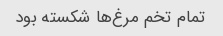
تمام تخم مرغ‌ها شکسته بود